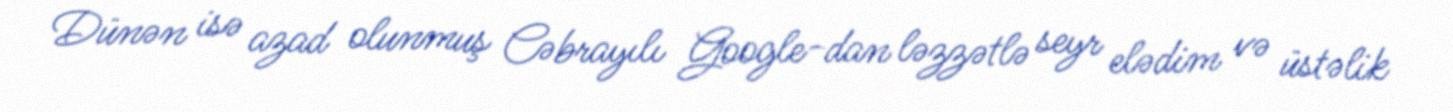
Dünən isə azad olunmuş Cəbrayılı Google-dan ləzzətlə seyr elədim və üstəlik